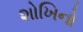
શોખિનો